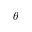
\theta